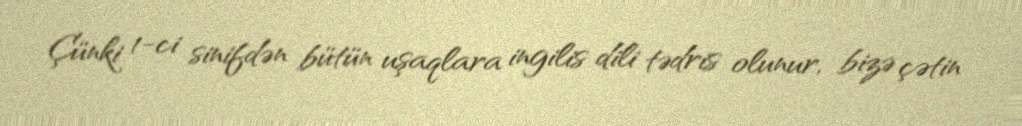
Çünki 1-ci sinifdən bütün uşaqlara ingilis dili tədris olunur, bizə çətin